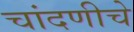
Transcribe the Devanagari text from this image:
चांदणीचे